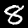
Digit: 8